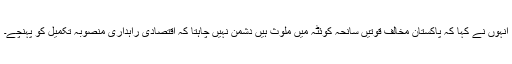
انہوں نے کہا کہ پاکستان مخالف قوتیں سانحہ کوئٹہ میں ملوث ہیں دشمن نہیں چاہتا کہ اقتصادی راہداری منصوبہ تکمیل کو پہنچے۔